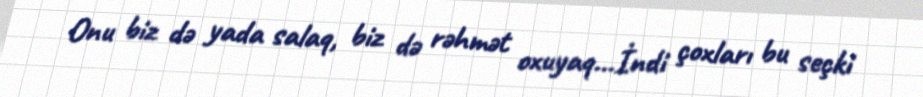
Onu biz də yada salaq, biz də rəhmət oxuyaq...İndi çoxları bu seçki